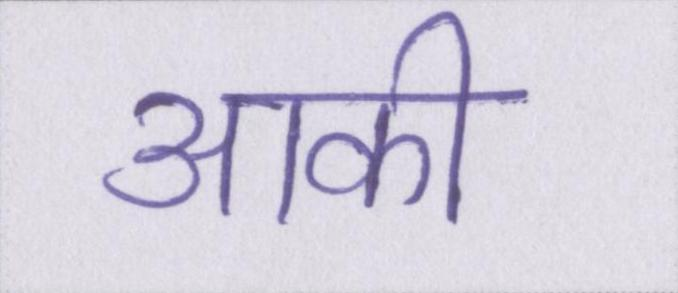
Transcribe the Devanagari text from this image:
आकी